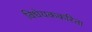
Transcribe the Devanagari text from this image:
विधेयककरिता